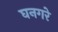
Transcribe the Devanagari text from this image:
घनगरे